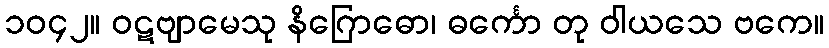
၁၀၄၂။ ဝဋဗျာမေသု နိဂြောဓော၊ ဓင်္ကော တု ဝါယသေ ဗကေ။